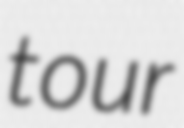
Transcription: tour